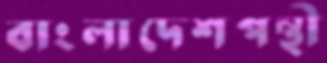
বাংলাদেশপন্থী